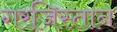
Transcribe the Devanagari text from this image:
गरजिस्तान